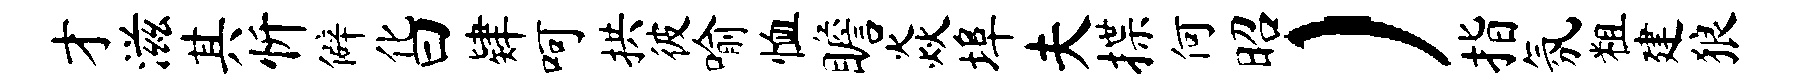
才滋其忻僻化曰肄呵拱彼喻恤瞻焱埠夫揲何昭）指氛粗建狼